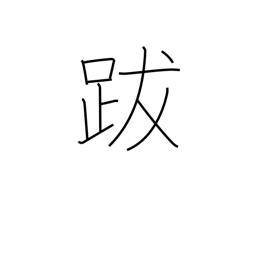
Meaning: epilogue